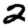
Digit: 2